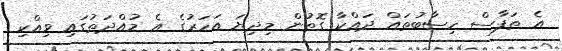
އެ ތަފާސް ހިސާބުތައް ދައްކާ ގޮތުން މިދިޔަ އަހަރުގެ އެ މުއްދަތުގައި ވިއްކި